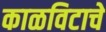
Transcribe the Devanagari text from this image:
काळविटाचे